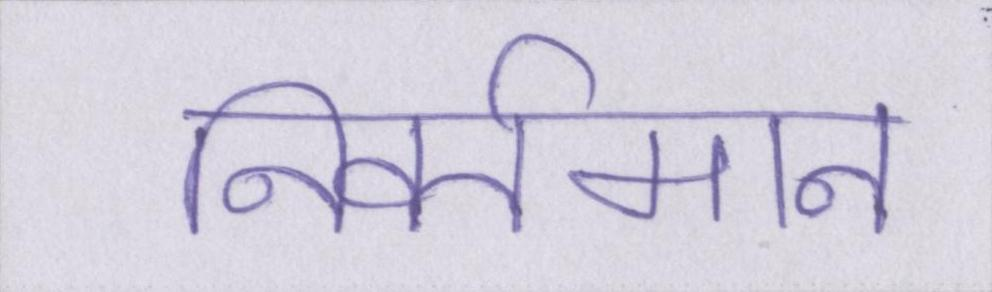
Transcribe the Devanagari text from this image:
निवर्तमान